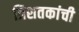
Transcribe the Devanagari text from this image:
त्रिशतकांची